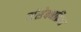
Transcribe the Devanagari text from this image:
संसेचनक्रिया